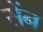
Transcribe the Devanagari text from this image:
सेंन